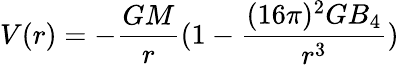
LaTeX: V(r)=-{\frac{GM}{r}}(1-{\frac{(16\pi)^{2}GB_{4}}{r^{3}}})